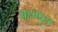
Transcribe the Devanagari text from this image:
ब्रह्म्पुत्र